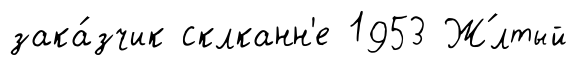
зака́зчик склканн'е 1953 Ж́лтый